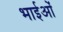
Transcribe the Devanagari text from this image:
भाईओं